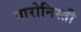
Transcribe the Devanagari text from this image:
मारोनिस्ती